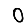
Digit: 0